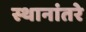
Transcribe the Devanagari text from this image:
स्थानांतरे